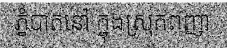
ភ្នំបាតនៅ ក្នុងស្រុកពញា